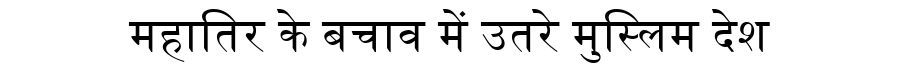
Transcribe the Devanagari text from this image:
महातिर के बचाव में उतरे मुस्लिम देश